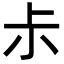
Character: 尗